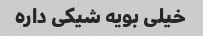
خیلی بویه شیکی داره